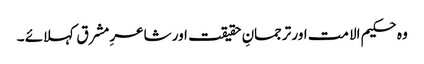
وہ حکیم الا مت اور ترجمانِ حقیقت اور شاعرِ مشرق کہلائے ۔